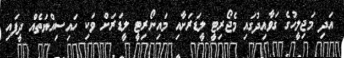
އަދި މަޖިލީހުގެ ގަވާއިދުގައި މެޖޯރިޓީ ލީޑަރަށާއި މައިނޯރިޓީ ލީޑަރަށް ވަކި ހައިސިއްޔަތެއް ދީފައި